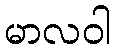
မာလဝါ